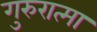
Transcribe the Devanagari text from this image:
गुरुरात्मा